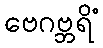
ဗေဂဗ္ဘရိံ